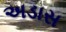
અડાસ